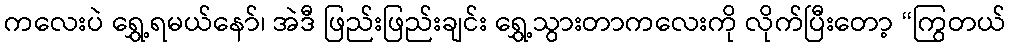
ကလေးပဲ ရွှေ့ရမယ်နော်၊ အဲဒီ ဖြည်းဖြည်းချင်း ရွှေ့သွားတာကလေးကို လိုက်ပြီးတော့ “ကြွတယ်